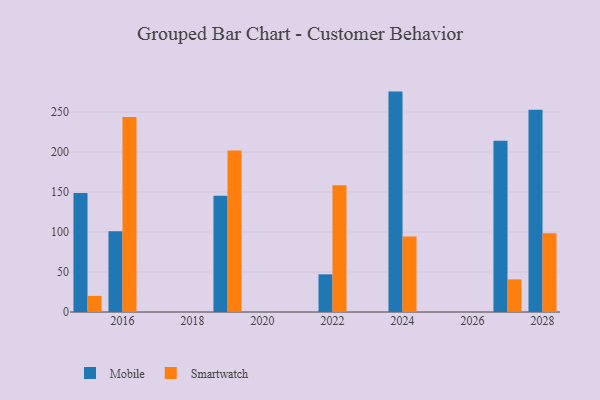
{"axis": {"x": "Year", "y": "Conversion Rate (%)"}, "legend": ["Mobile", "Smartwatch"], "data": [{"x": "2019", "y": 145.2, "type": "Mobile"}, {"x": "2019", "y": 202.0, "type": "Smartwatch"}, {"x": "2024", "y": 275.5, "type": "Mobile"}, {"x": "2024", "y": 94.3, "type": "Smartwatch"}, {"x": "2015", "y": 148.7, "type": "Mobile"}, {"x": "2015", "y": 20.2, "type": "Smartwatch"}, {"x": "2028", "y": 252.8, "type": "Mobile"}, {"x": "2028", "y": 98.3, "type": "Smartwatch"}, {"x": "2027", "y": 214.0, "type": "Mobile"}, {"x": "2027", "y": 40.8, "type": "Smartwatch"}, {"x": "2016", "y": 101.0, "type": "Mobile"}, {"x": "2016", "y": 243.6, "type": "Smartwatch"}, {"x": "2022", "y": 47.1, "type": "Mobile"}, {"x": "2022", "y": 158.5, "type": "Smartwatch"}]}